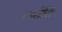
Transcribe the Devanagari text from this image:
ज्योंति